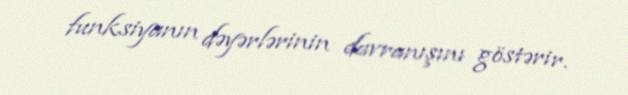
funksiyanın dəyərlərinin davranışını göstərir.